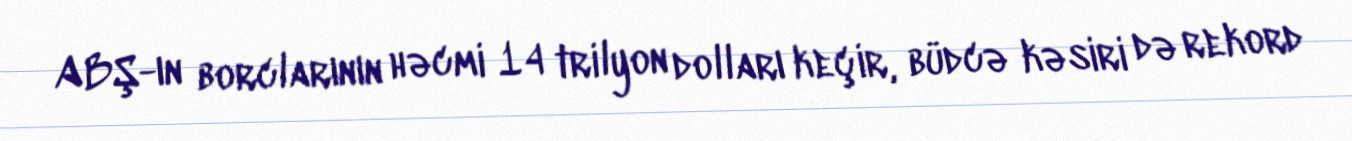
ABŞ-ın borclarının həcmi 14 trilyon dolları keçir, büdcə kəsiri də rekord